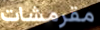
مقرمشات